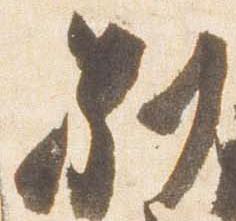
別